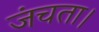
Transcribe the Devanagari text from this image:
जंचता।